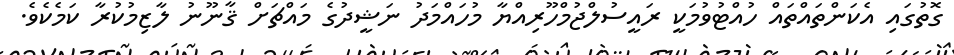
ގޮތުގައި އެކަންތައްތައް ހުއްޓުވުމަކީ ރައީސުލްޖުމްހޫރިއްޔާ މުހައްމަދު ނަޝީދުގެ މައްޗަށް ޤާނޫނު ލާޒިމުކުރާ ކަމެކެވެ.